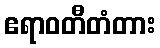
ဧရာဝတီတံတား